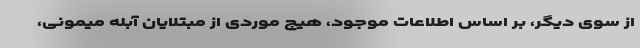
از سوی دیگر، بر اساس اطلاعات موجود، هیچ موردی از مبتلایان آبله میمونی،